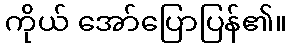
ကိုယ် အော်ပြောပြန်၏။